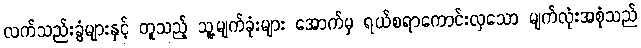
လက်သည်းခွံများနှင့် တူသည့် သူ့မျက်ခုံးများ အောက်မှ ရယ်စရာကောင်းလှသော မျက်လုံးအစုံသည်